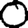
Digit: 0